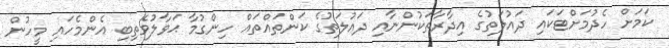
ކަމަށް ހެދުމަށްޓަކައި ދައުލަތުގެ އިދާރާތަކުންނާއި ދައުލަތުގެ ކަންތައްތައް ހިންގުމާ ޙަވާލުވެތިބި އެންމެހައި މީހުން